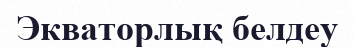
Экваторлық белдеу